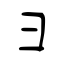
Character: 彐